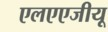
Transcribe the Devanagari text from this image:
एलएएजीयू